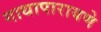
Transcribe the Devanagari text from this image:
गाथापारायणे